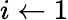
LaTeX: i\leftarrow 1